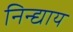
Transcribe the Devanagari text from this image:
निन्द्याय